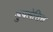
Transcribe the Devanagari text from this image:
डुपलेसिस